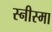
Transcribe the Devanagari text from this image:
स्नीस्मा